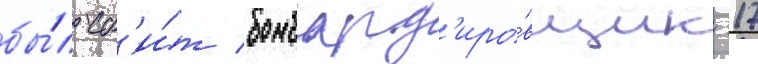
бы́л сб'и́т бомбард'иро́вщик -17